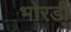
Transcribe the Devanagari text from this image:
भोरडी